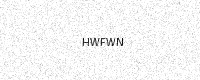
Text: HWFWN